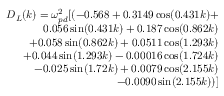
\begin{array} { r } { D _ { L } ( k ) = \omega _ { p d } ^ { 2 } [ ( - 0 . 5 6 8 + 0 . 3 1 4 9 \cos ( 0 . 4 3 1 k ) + } \\ { 0 . 0 5 6 \sin ( 0 . 4 3 1 k ) + 0 . 1 8 7 \cos ( 0 . 8 6 2 k ) } \\ { + 0 . 0 5 8 \sin ( 0 . 8 6 2 k ) + 0 . 0 5 1 1 \cos ( 1 . 2 9 3 k ) } \\ { + 0 . 0 4 4 \sin ( 1 . 2 9 3 k ) - 0 . 0 0 0 1 6 \cos ( 1 . 7 2 4 k ) } \\ { - 0 . 0 2 5 \sin ( 1 . 7 2 k ) + 0 . 0 0 7 9 \cos ( 2 . 1 5 5 k ) } \\ { - 0 . 0 0 9 0 \sin ( 2 . 1 5 5 k ) ) ] } \end{array}